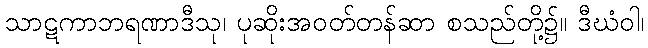
သာဋကာဘရဏာဒီသု၊ ပုဆိုးအဝတ်တန်ဆာ စသည်တို့၌။ ဒီဃံဝါ၊